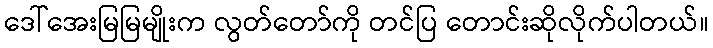
ဒေါ်အေးမြမြမျိုးက လွတ်တော်ကို တင်ပြ တောင်းဆိုလိုက်ပါတယ်။